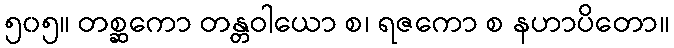
၅၀၅။ တစ္ဆကော တန္တဝါယော စ၊ ရဇကော စ နဟာပိတော။